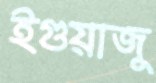
ইগুয়াজু